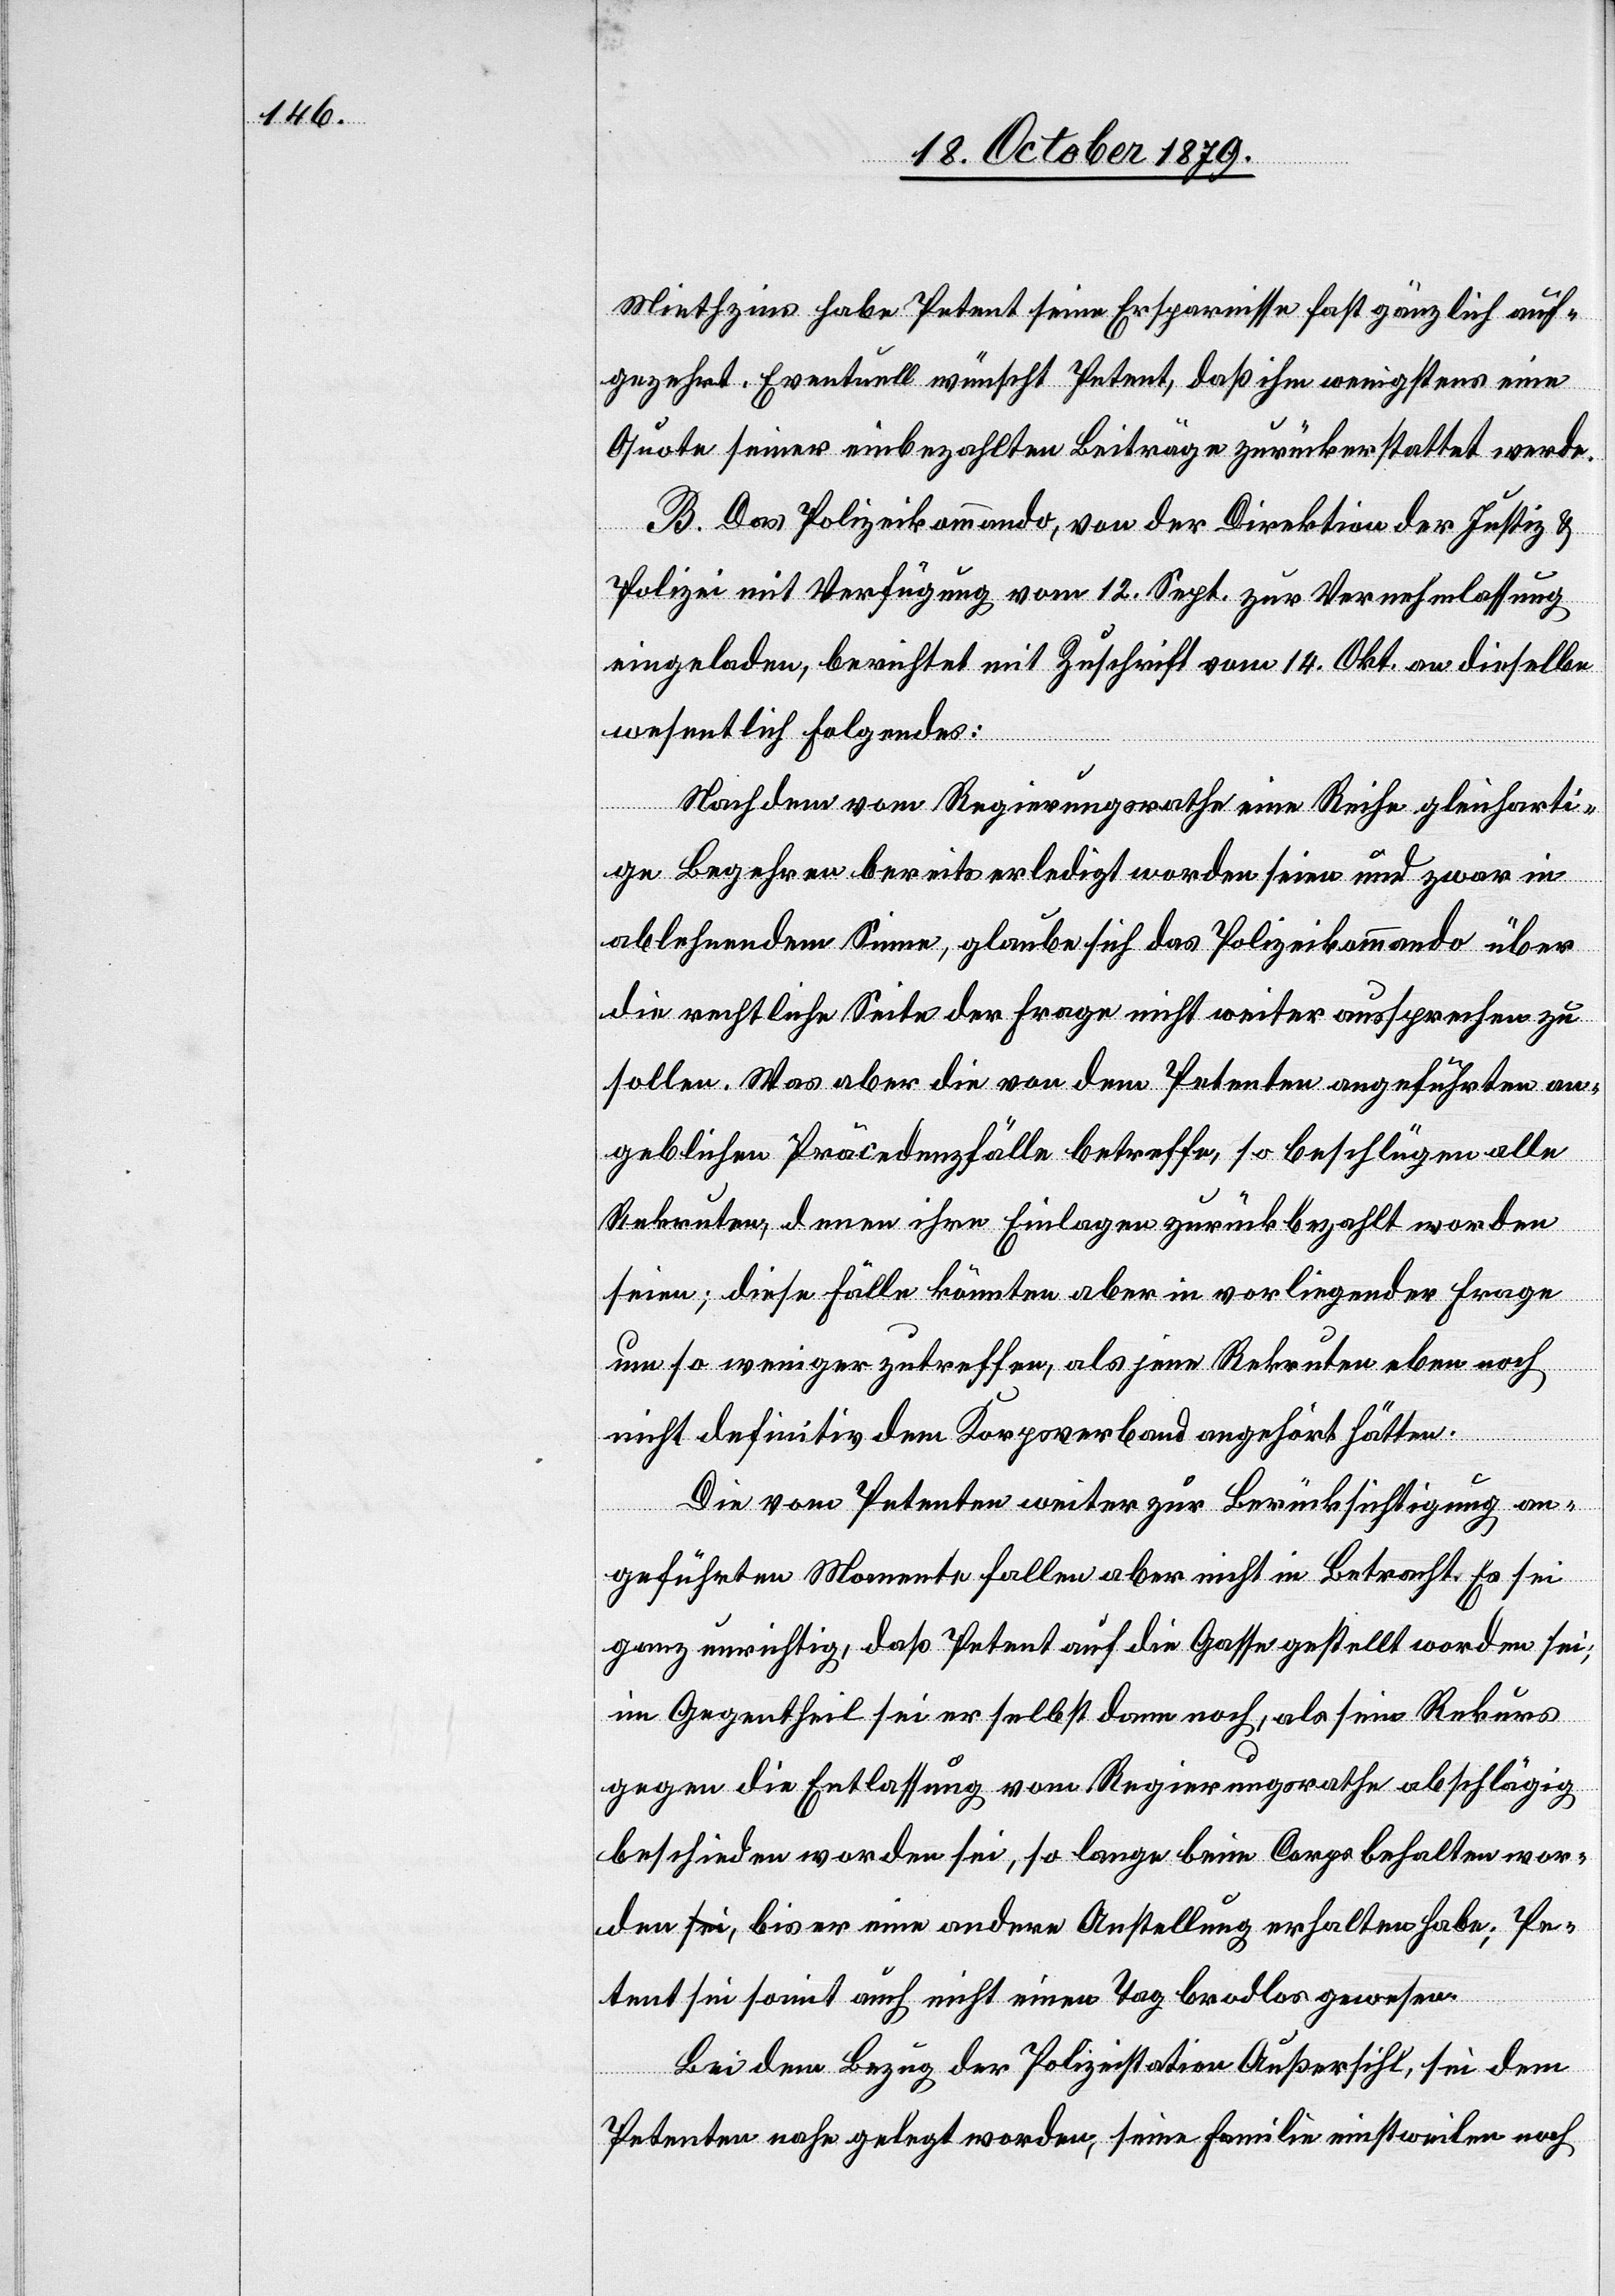
Mietzins habe Petent seine Ersparnisse fast gänzlich auf¬
gezehrt. Eventuell wünscht Petent, daß ihm wenigstens eine
Quote seiner einbezahlten Beiträge zurückerstattet werde.
B. Das Polizeikommando, von der Direktion der Justiz &
Polizei mit Verfügung vom 12. Sept. zur Vernehmlassung
eingeladen, bezeichnet mit Zuschrift vom 14. Okt. an dieselbe
wesentlich folgendes:
Nachdem vom Regierungsrathe eine Reihe gleicharti¬
ge Begehren bereits erledigt worden seien und zwar in
ablehnendem Sinne, glaube sich das Polizeikommando über
die rechtliche Seite der Frage nicht weiter aussprechen zu
sollen. Was aber die von dem Petenten angeführten an¬
geblichen Präcedenzfälle betreffe, so beschlügen alle
Rekruten, denen ihre Einlagen zurückbezahlt worden
seien; diese Fälle könnten aber in vorliegender Frage
umso weniger zutreffen, als jene Rekruten eben noch
nicht definitiv dem Korpsverband angehört hätten.
Die vom Petenten weiter zur Berücksichtigung an¬
geführten Momente fallen aber nicht in Betracht. Es sei
ganz unrichtig, daß Petent auf die Gasse gestellt worden sei;
im Gegentheil sei er selbst dann noch, als sein Rekurs
gegen die Entlassung vom Regierungsrathe abschlägig
beschieden worden sei, so lange beim Corps behalten wor¬
den, bis er eine andere Anstellung erhalten habe; Pe¬
tent sei somit auch nicht einen Tag brodlos gewesen.
Bei dem Bezug der Polizeistation Außersihl, sei dem
Petenten nahe gelegt worden, seine Familie einstweilen noch